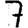
Digit: 7